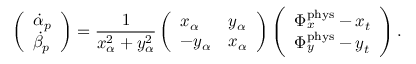
\left( \begin{array} { l } { \dot { \alpha } _ { p } } \\ { \dot { \beta } _ { p } } \end{array} \right) = \frac { 1 } { x _ { \alpha } ^ { 2 } + y _ { \alpha } ^ { 2 } } \left( \begin{array} { l l } { x _ { \alpha } } & { y _ { \alpha } } \\ { - y _ { \alpha } } & { x _ { \alpha } } \end{array} \right) \left( \begin{array} { l } { \Phi _ { x } ^ { \mathrm { p h y s } } - x _ { t } } \\ { \Phi _ { y } ^ { \mathrm { p h y s } } - y _ { t } } \end{array} \right) .